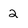
Character: 2